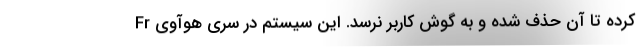
کرده تا آن حذف شده و به گوش کاربر نرسد. این سیستم در سری هوآوی Fr